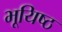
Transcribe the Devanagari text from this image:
भूयिष्ठ